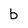
Character: b